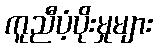
ကူညီပံ့ပိုးမှုများ